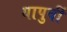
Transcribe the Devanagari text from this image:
यापुर्वी